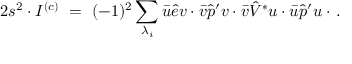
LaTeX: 2 s ^ { 2 } \cdot I ^ { ( c ) } \ = \ ( - 1 ) ^ { 2 } \sum _ { \lambda _ { i } } \bar { u } \hat { e } v \cdot \bar { v } \hat { p } ^ { \prime } v \cdot \bar { v } \hat { V } ^ { * } u \cdot \bar { u } \hat { p } ^ { \prime } u \cdot \, .